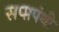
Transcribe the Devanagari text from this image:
सप्प्तपंथी